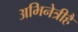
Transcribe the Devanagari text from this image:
अभिनेत्रीहैं